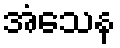
အံသေန